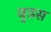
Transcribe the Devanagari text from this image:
वुडस